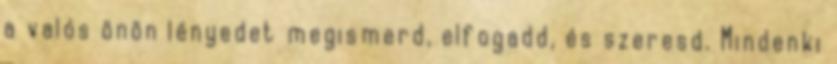
a valós önön lényedet megismerd, elfogadd, és szeresd. Mindenki